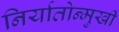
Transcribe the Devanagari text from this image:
निर्यातोन्मुखी